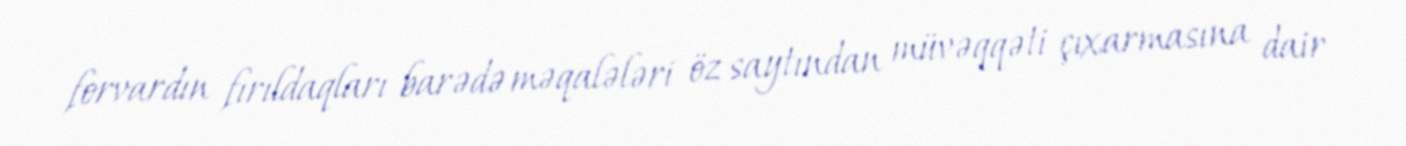
forvardın fırıldaqları barədə məqalələri öz saytından müvəqqəti çıxarmasına dair